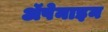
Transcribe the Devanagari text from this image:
ॲपेनाइन